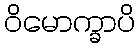
ဝိမောက္ခာပိ